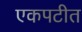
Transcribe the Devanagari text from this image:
एकपटीत